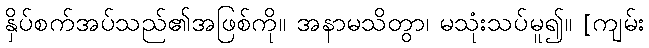
နှိပ်စက်အပ်သည်၏အဖြစ်ကို။ အနာမသိတွာ၊ မသုံးသပ်မူ၍။ [ကျမ်း